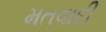
મતવાદી